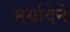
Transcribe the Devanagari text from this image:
मर्यादेने